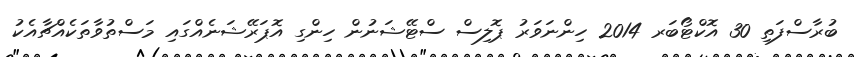
ބުރާސްފަތި 30 އޮކްޓޯބަރ 2014 ހިންނަވަރު ޕޮލިސް ސްޓޭޝަނުން ހިންގި އޮޕަރޭޝަނެއްގައި މަސްތުވާތަކެއްޗާއެކު